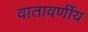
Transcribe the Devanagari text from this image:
वातावर्णीय